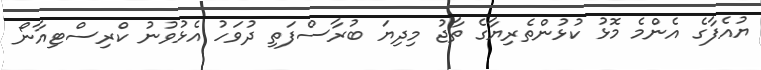
ޔުއެފާގެ އެންމެ މޮޅު ކުޅުންތެރިޔާގެ ތާޖު މިދިޔަ ބުރާސްފަތި ދުވަހު އެޅުވުނު ކްރިސްޓިއާނޯ